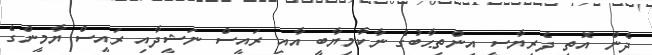
ދެން އޮތީ ދެރިޔާސީ އިންތިޙާބުގެ ނާކާމިޔާބީ އާއި ރައީސް ނަޝީދާއި ރައީސް ޔާމީންގެ